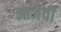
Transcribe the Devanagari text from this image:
आर्जवी